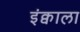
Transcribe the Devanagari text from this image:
इंक्वाला